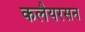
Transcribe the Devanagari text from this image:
कलैयरसन